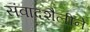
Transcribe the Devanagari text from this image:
संवादशैलीने